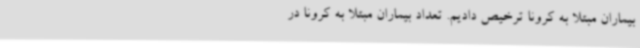
بیماران مبتلا به کرونا ترخیص دادیم. تعداد بیماران مبتلا به کرونا در